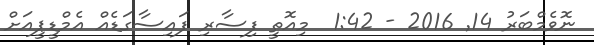
ނޮވެމްބަރު 14